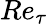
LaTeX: Re_{\tau}